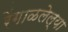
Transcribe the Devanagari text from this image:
रेंगाळलेल्या